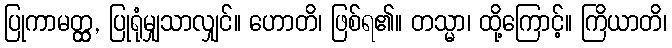
ပြုကာမတ္တ္ထ, ပြုရုံမျှသာလျှင်။ ဟောတိ၊ ဖြစ်ရ၏။ တသ္မာ၊ ထို့ကြောင့်။ ကြိယာတိ၊